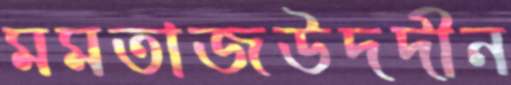
মমতাজউদদীন